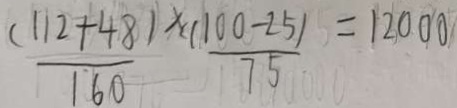
\frac { ( 1 1 2 + 4 8 ) } { 1 6 0 } \times \frac { ( 1 0 0 - 2 5 ) } { 7 5 } = 1 2 0 0 0